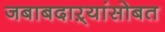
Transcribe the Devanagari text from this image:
जबाबदाऱ्यांसोबत